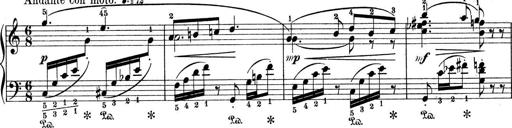
Title: 9 Sonatinen
Composer: Alexander Winterberger